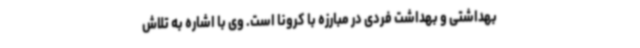
بهداشتی و بهداشت فردی در مبارزه با کرونا است. وی با اشاره به تلاش